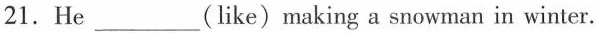
21.He ___ (like)making a snowman in winter.